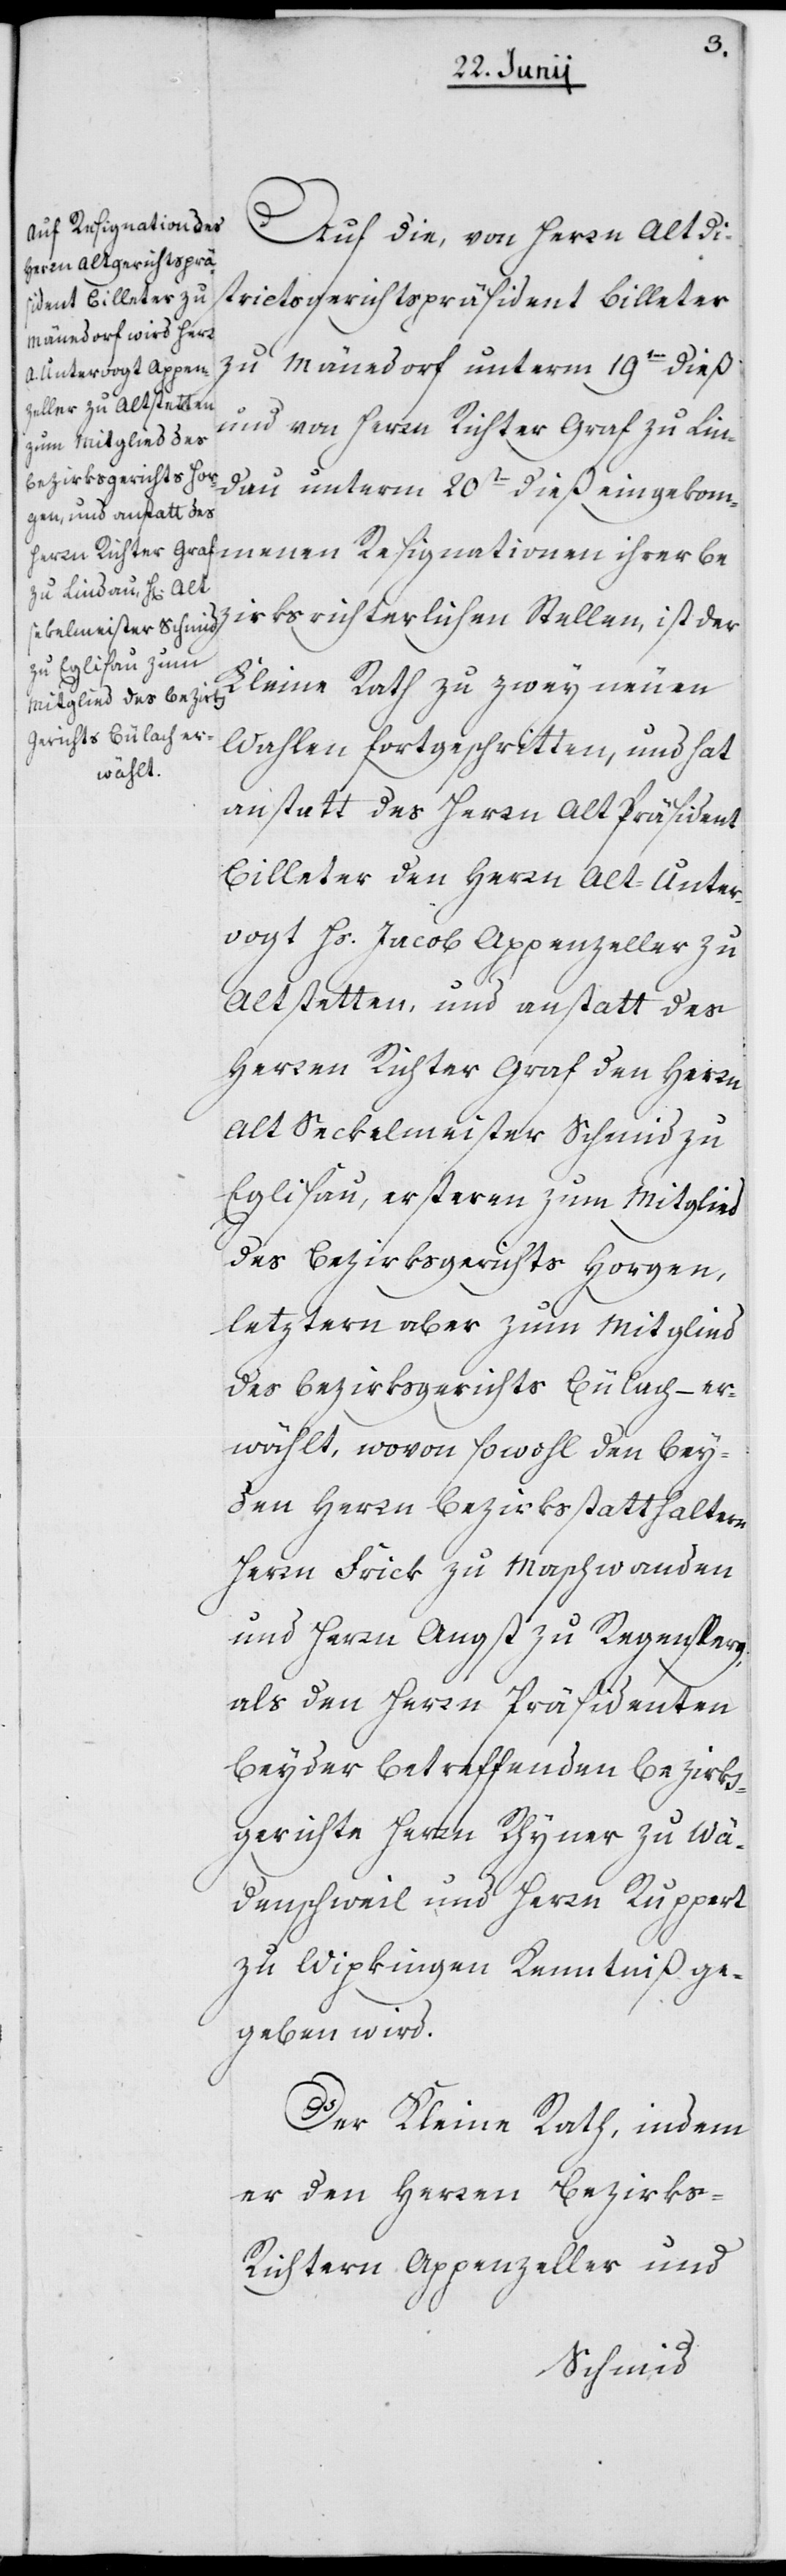
nen Resignationen
Auf die, von Herrn Altd¬
istrictspräsident Billeter
zu Männedorf unterm 19ten dieß
und von Herrn Richter Graf zu Lin¬
dau unterm 20ten dieß eingekomme¬
bezirksrichterlichen Stellen, ist der
Kleine Rath zu zwey neuen
Wahlen fortgeschritten, und hat
anstatt des Herrn Alt Präsident
Billeter den Herrn Alt-Unter¬
vogt Hs. Jacob Appenzeller zu
Altstetten, und anstatt des
Herren Richter Graf den Herrn
Alt Seckelmeister Schmid zu
Eglisau, ersteren zum Mitglied
des Bezirksgerichts Horgen,
leztern aber zum Mitglied
des Bezirksgerichts Bülach – er¬
wählt, wovon sowohl den bey¬
den Herrn Bezirksstatthaltern
Herrn Frick zu Maschwanden
und Herrn Angst zu Regensperg,
als den Herrn Präsidenten
beyder betreffenden Bezirks¬
gerichte Herrn Rhyner zu Wä¬
denschweil und Herrn Ruppert
zu Wipkingen Kenntniß ge¬
geben wird.
Der Kleine Rath, indem
er den Herren Bezirk¬
s-Richtern Appenzeller und